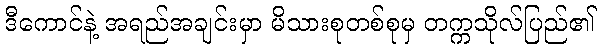
ဒီကောင်နဲ့ အရည်အချင်းမှာ မိသားစုတစ်စုမှ တက္ကသိုလ်ပြည်၏